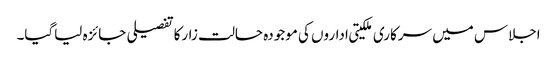
اجلاس میں سرکاری ملکیتی اداروں کی موجودہ حالت زارکاتفصیلی جائزہ لیاگیا۔